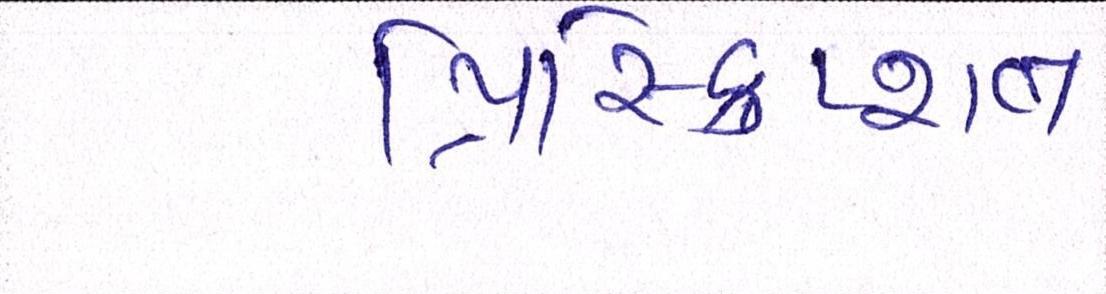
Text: પ્રિસ્ક્રિપ્શન